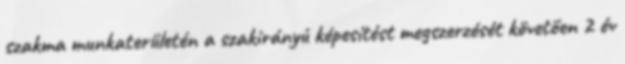
szakma munkaterületén a szakirányú képesítést megszerzését követően 2 év